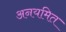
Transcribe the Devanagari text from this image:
अनयमित